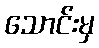
သောင်းမှ